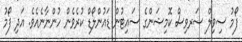
ފޯމު ސިވިލް ސަރވިސް ކޮމިޝަންގެ ސައިޓުން ޑައުންލޯޑް ކުރެވެން ހުންނާނެއެވެ. އަދި ފޯމު